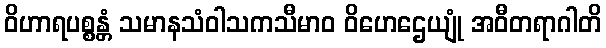
ဝိဟာရပစ္စန္တံ သမာနသံဝါသကသီမာဝ ဝိဟေဌေယျုံ အဝီတရာဂါတိ